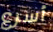
أسرع